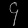
Digit: ၄